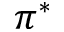
\pi ^ { * }